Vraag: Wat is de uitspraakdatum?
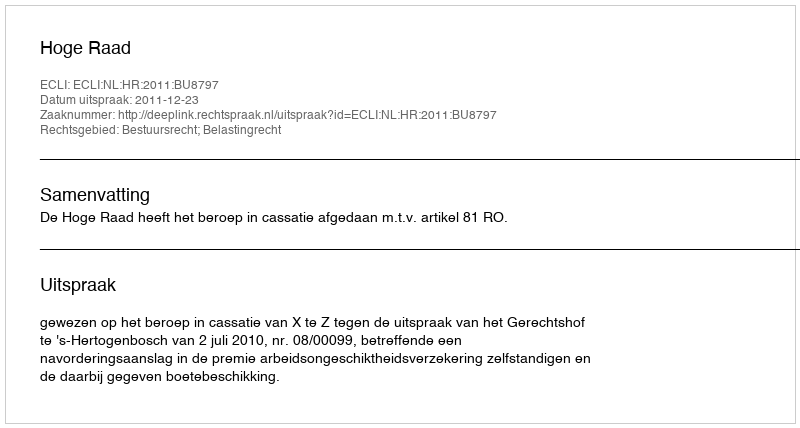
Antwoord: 2011-12-23